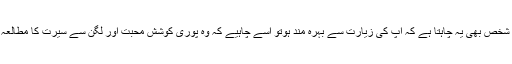
اب جو شخص بھی یہ چاہتا ہے کہ آپ کی زیارت سے بہرہ مند ہوتو اسے چاہیے کہ وہ پوری کوشش محبت اور لگن سے سیرت کا مطالعہ کرے۔